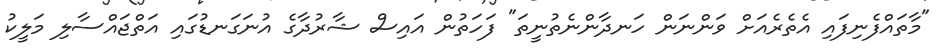
"މާތައްފެނިފައި އެތެރެއަށް ވަންނަން ހަނދާންނެތުނީތަ" ފަހަތުން އައިސް ޝާރުދާގެ އުނަގަނޑުގައި އަތްޖައްސާލި މަލީކު